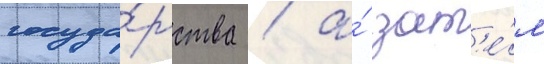
госуда́рства / а́ зат'е́м